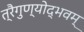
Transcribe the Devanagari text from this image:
त्रैगुण्योद्भवम्